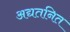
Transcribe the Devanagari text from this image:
अद्यतनित